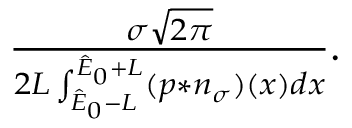
\begin{array} { r } { \frac { \sigma \sqrt { 2 \pi } } { 2 L \int _ { \hat { E } _ { 0 } - L } ^ { \hat { E } _ { 0 } + L } ( p \ast n _ { \sigma } ) ( x ) d x } . } \end{array}